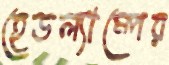
হেডল্যাম্পের